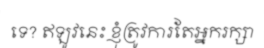
ទេ? ឥឡូវនេះ ខ្ញុំត្រូវការតែអ្នករក្សា